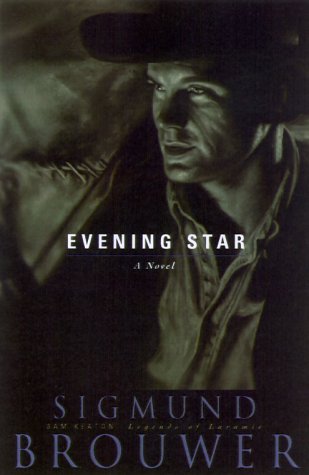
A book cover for Evening Star (Sam Keaton: Legends of Laramie, Book 1); Sigmund Brouwer; Religion & Spirituality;